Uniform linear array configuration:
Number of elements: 8
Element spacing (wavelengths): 0.5
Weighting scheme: blackman
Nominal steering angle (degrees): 15
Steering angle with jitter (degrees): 13.395
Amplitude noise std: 0.05
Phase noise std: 0.05

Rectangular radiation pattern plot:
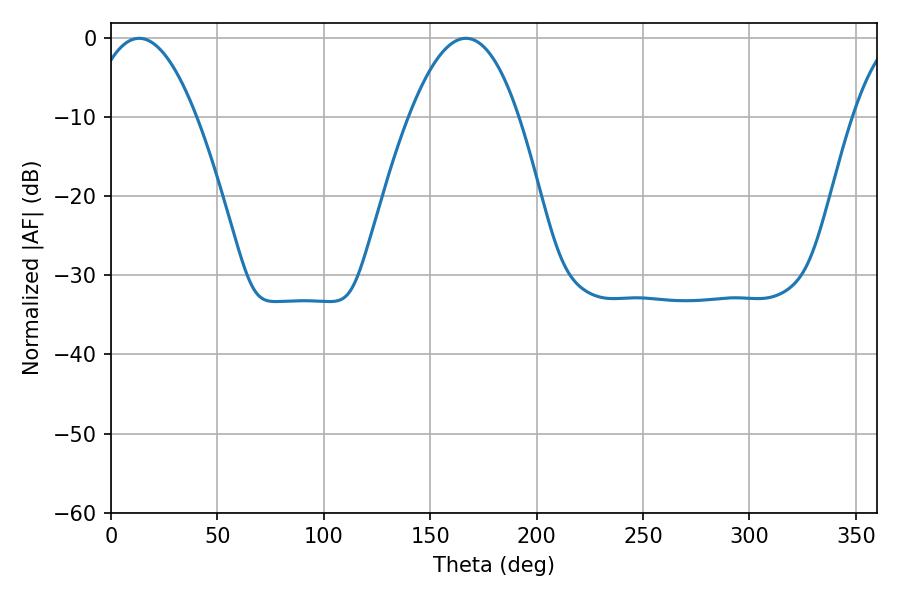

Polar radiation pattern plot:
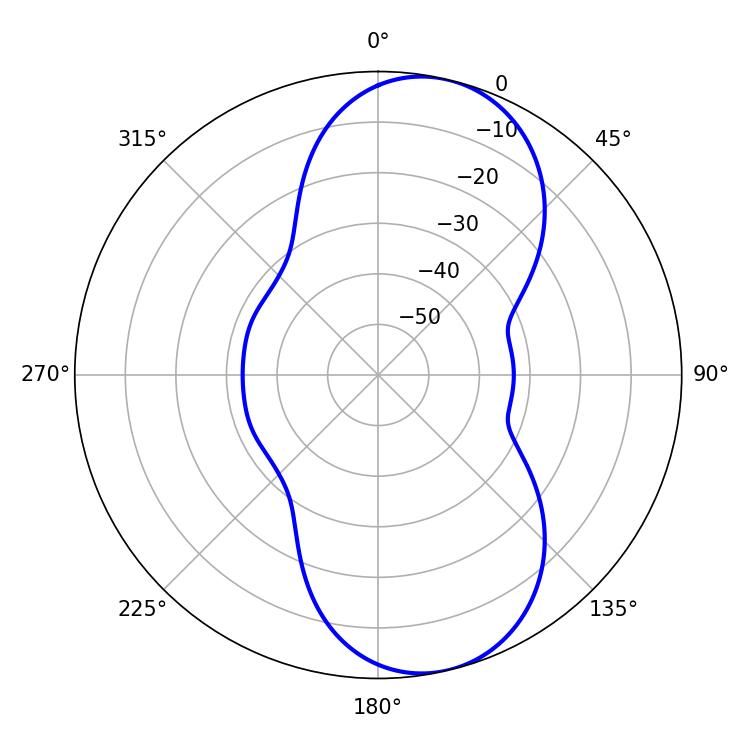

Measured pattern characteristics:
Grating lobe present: FALSE
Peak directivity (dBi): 9.054
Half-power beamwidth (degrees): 27.72
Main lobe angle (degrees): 13.32